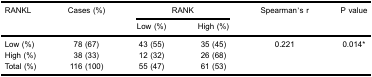
<table><thead><tr><td><b>RANKL</b></td><td><b>Cases (%)</b></td><td colspan="2"><b>RANK</b></td><td><b>Spearman&#x27;s r</b></td><td><b>P value</b></td></tr><tr><td></td><td></td><td><b>Low (%)</b></td><td><b>High (%)</b></td><td></td><td></td></tr></thead><tbody><tr><td>Low (%)</td><td>78 (67)</td><td>43 (55)</td><td>35 (45)</td><td>0.221</td><td>0.014*</td></tr><tr><td>High (%)</td><td>38 (33)</td><td>12 (32)</td><td>26 (68)</td><td></td><td></td></tr><tr><td>Total (%)</td><td>116 (100)</td><td>55 (47)</td><td>61 (53)</td><td></td><td></td></tr></tbody></table>